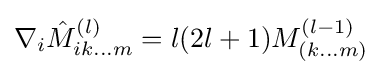
\nabla _{i}{\hat {M}}_{ik...m}^{(l)}=l(2l+1)M_{(k...m)}^{(l-1)}